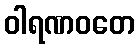
ဝါရဏဝတေ